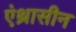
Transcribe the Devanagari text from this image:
एंथ्रासीन